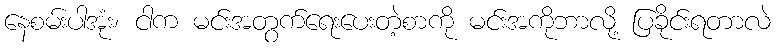
နေစမ်းပါအုံး၊ ငါက မင်းအတွက်ရေးပေးတဲ့စာကို မင်းအကိုဘာလို့ ပြခိုင်းရတာလဲ